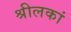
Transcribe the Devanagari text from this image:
श्रीलकां